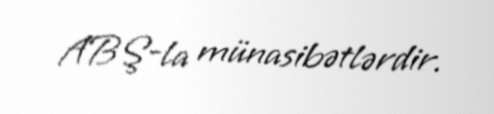
ABŞ-la münasibətlərdir.